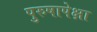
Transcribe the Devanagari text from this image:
पुरुषापेक्षा